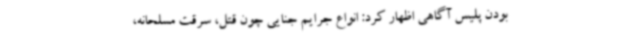
بودن پلیس آگاهی اظهار کرد: انواع جرایم جنایی چون قتل، سرقت مسلحانه،